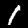
Digit: 1